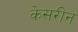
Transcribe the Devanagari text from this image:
केसरीन